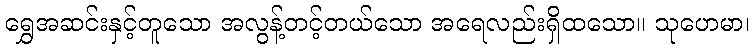
ရွှေအဆင်းနှင့်တူသော အလွန့်တင့်တယ်သော အရေလည်းရှိထသော။ သုဟေမာ၊